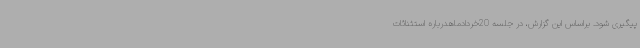
پیگیری شود. براساس این گزارش، در جلسه 20خردادماهدرباره استثنائات